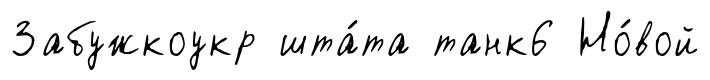
Забужкоукр шта́та танк6 Но́вой